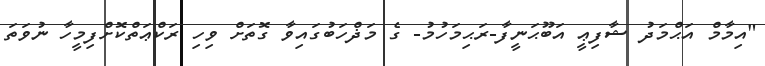
"އިމާމް އަޙްމަދު ޝާފިޢީ އަބޫޙަނީފާ-ރަޙިމަހުމު- ގެ މަޛްހަބުގައިވާ ގޮތަށް ވިހި ރަކްޢަތްކޮށްފިމީހާ ނުވަތަ